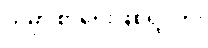
ဟိုမှာ စာရေးဖြစ်ရဲ့လား